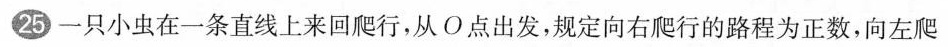
25 一只小虫在一条直线上来回爬行，从O点出发，规定向右爬行的路程为正数，向左爬